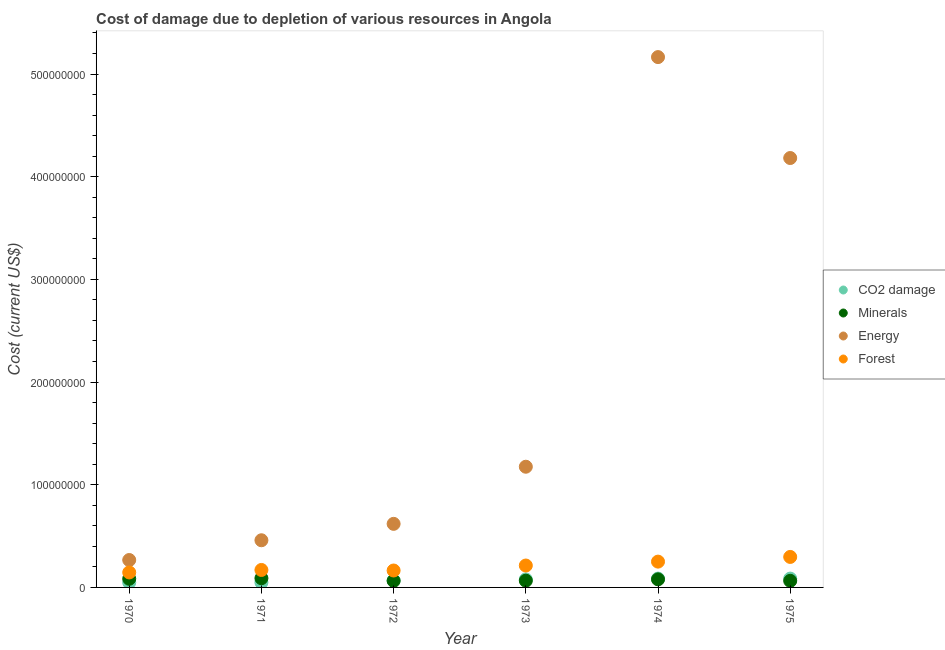
| Year | CO2 damage | Minerals | Energy | Forest |
 | --- | --- | --- | --- | --- |
 | 1970 | 4.78e+06 | 8.42e+06 | 2.67e+07 | 1.46e+07 |
 | 1971 | 4.84e+06 | 8.98e+06 | 4.59e+07 | 1.7e+07 |
 | 1972 | 6.75e+06 | 6.43e+06 | 6.19e+07 | 1.65e+07 |
 | 1973 | 7.8e+06 | 6.57e+06 | 1.18e+08 | 2.13e+07 |
 | 1974 | 8.59e+06 | 7.87e+06 | 5.16e+08 | 2.51e+07 |
 | 1975 | 8.6e+06 | 6.41e+06 | 4.18e+08 | 2.97e+07 |